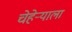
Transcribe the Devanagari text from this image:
चेहेर्‍याला